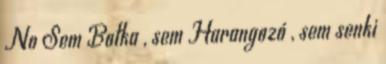
No Sem Botka , sem Harangozó , sem senki